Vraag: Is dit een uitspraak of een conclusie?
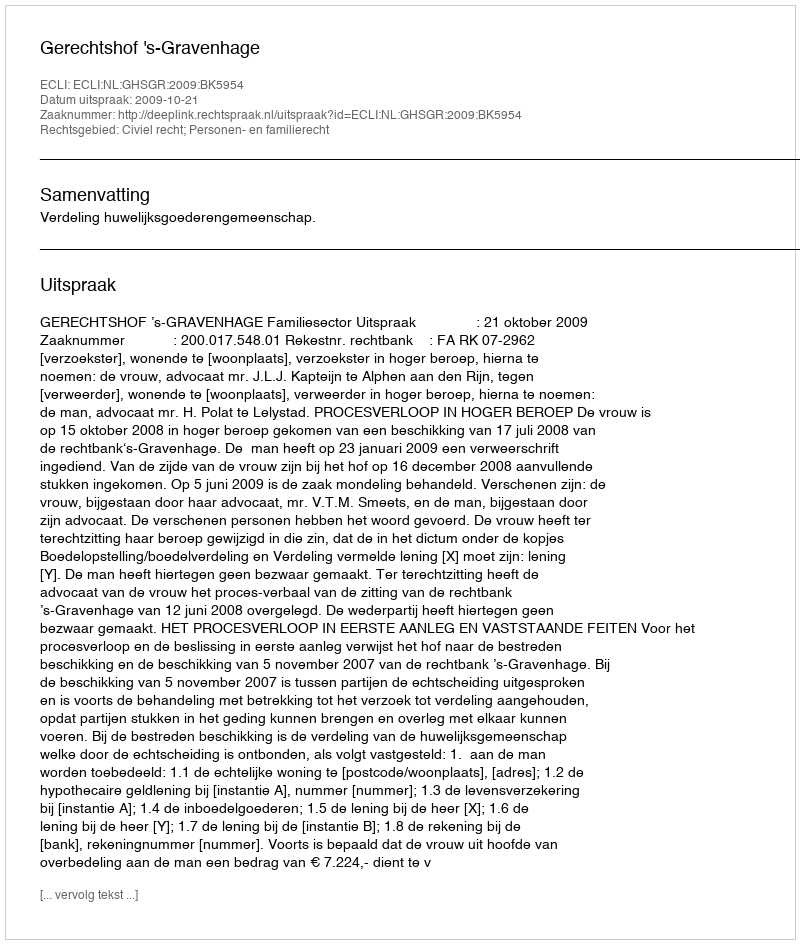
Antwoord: Uitspraak